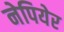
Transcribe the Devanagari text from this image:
नेपियेर